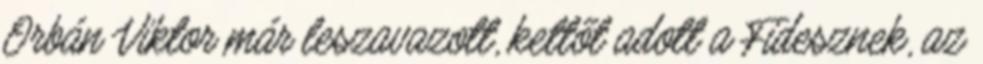
Orbán Viktor már leszavazott, kettőt adott a Fidesznek, az